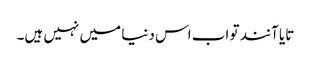
تایا آنند تو اب اس دنیا میں نہیں ہیں۔